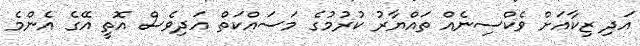
އަދި ޒިކާއަށް ވެކްސިނެއް ތައްޔާރު ކުރުމުގެ މަސައްކަތް އަދިވެސް އޮތީ އޭގެ އެންމެ